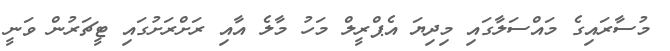
މުސާރައިގެ މައްސަލާގައި މިދިޔަ އެޕްރީލް މަހު މާލެ އާއި ރަށްރަށުގައި ޓީޗަރުން ވަނީ